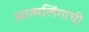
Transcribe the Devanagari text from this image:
आत्मलिंगाची